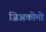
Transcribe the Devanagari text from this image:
जिअकोमो